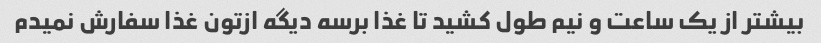
بیشتر از یک ساعت و نیم طول کشید تا غذا برسه دیگه ازتون غذا سفارش نمیدم